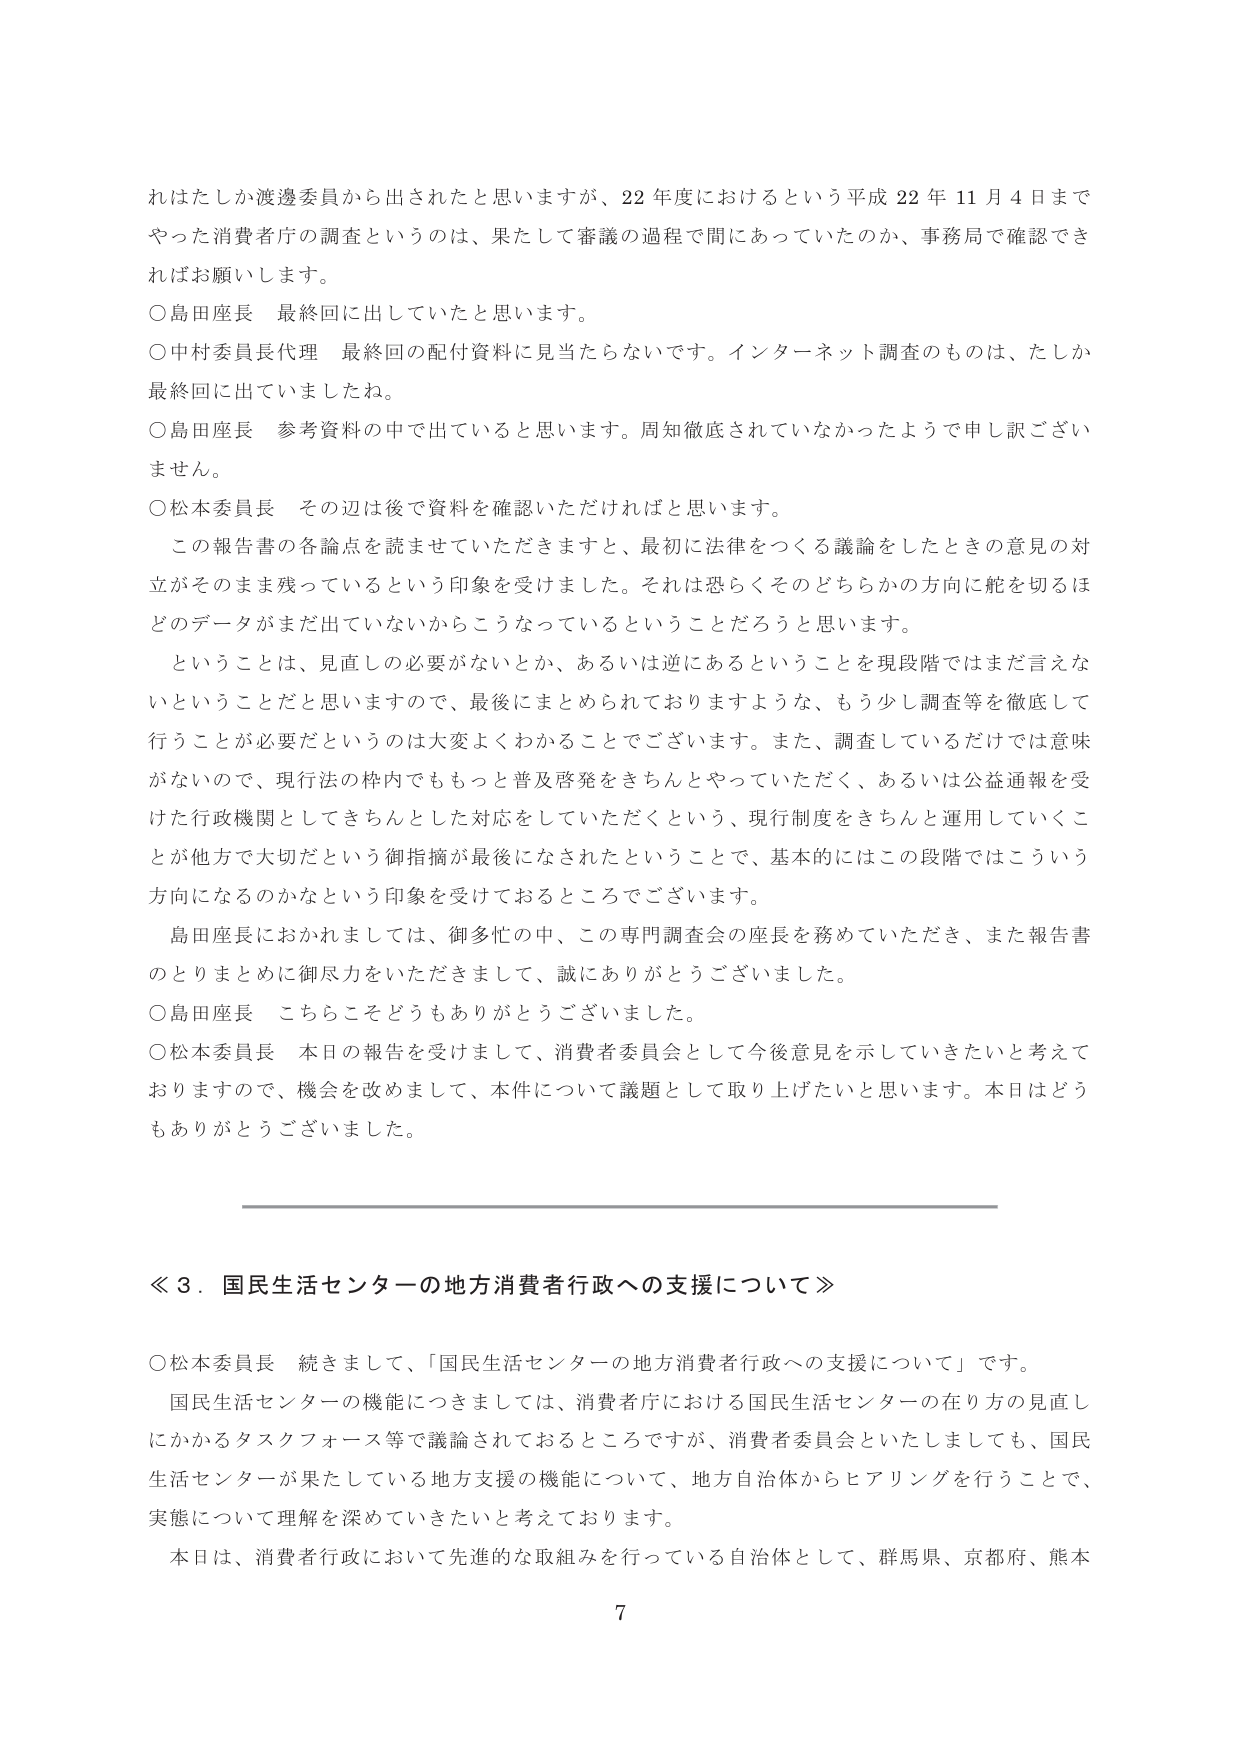
れはたしか渡邊委員から出されたと思いますが、22年度におけるという平成22年11月4日までやった消費者庁の調査というのは、果たして審議の過程で間にあっていたのか、事務局で確認できればお願いします。

○島田座長 最終回に出していたと思います。

○中村委員長代理 最終回の配付資料に見当たりません。インターネット調査のものは、たしか最終回に出ていましたね。

○島田座長 参考資料の中で出ていると思います。周知徹底されていなかったようで申し訳ございません。

○松本委員長 その辺は後で資料を確認いただければと思います。

この報告書の各論点を読ませていただきますと、最初に法律をつくる議論をしたときの意見の対立がそのまま残っているという印象を受けました。それは恐らくそのどちらかの方向に舵を切るほどのデータがまだ出ていないからこうなっているということだろうと思います。

ということは、見直しの必要がないとか、あるいは逆にあるということを現段階ではまだ言えないということだと思いますので、最後にまとめられておりますような、もう少し調査等を徹底して行うことが必要だというのは大変よくわかるところでございます。また、調査しているだけでは意味がないので、現行法の枠内でももっと普及啓発をきちんとやっていただく、あるいは公益通報を受けた行政機関としてきちんとした対応をしていただくという、現行制度をきちんと運用していくことが他方で大切だという御指摘が最後になされたということで、基本的にはこの段階ではこういう方向になるのかなという印象を受けておるところでございます。

島田座長におかれましては、御多忙の中、この専門調査会の座長を務めていただき、また報告書のとりまとめに御尽力をいただきまして、誠にありがとうございました。

○島田座長 こちらこそどうもありがとうございました。

○松本委員長 本日の報告を受けまして、消費者委員会として今後意見を示していきたいと考えておりますので、機会を改めまして、本件について議題として取り上げたいと思います。本日はどうもありがとうございました。

≪３．国民生活センターの地方消費者行政への支援について≫

○松本委員長 続きまして、「国民生活センターの地方消費者行政への支援について」です。

国民生活センターの機能につきましては、消費者庁における国民生活センターの在り方の見直しにかかるタスクフォース等で議論されておるところですが、消費者委員会といたしましても、国民生活センターが果たしている地方支援の機能について、地方自治体からヒアリングを行うことで、実態について理解を深めていきたいと考えております。

本日は、消費者行政において先進的な取組みを行っている自治体として、群馬県、京都府、熊本

7